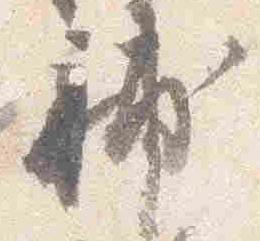
補